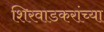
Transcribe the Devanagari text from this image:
शिरवाडकरांच्या